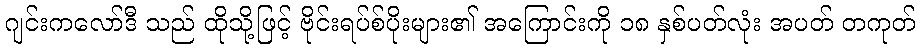
ဂျင်းကလော်ဒီ သည် ထိုသို့ဖြင့် ဗိုင်းရပ်စ်ပိုးများ၏ အကြောင်းကို ၁၈ နှစ်ပတ်လုံး အပတ် တကုတ်